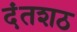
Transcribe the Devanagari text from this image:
दंतशठ